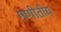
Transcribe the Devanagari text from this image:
गणीतीय